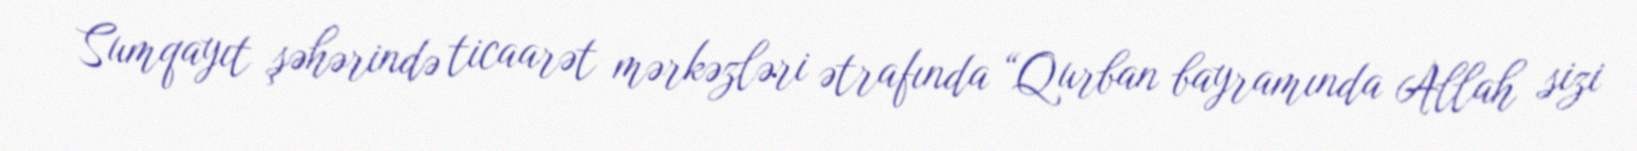
Sumqayıt şəhərində ticaarət mərkəzləri ətrafında “Qurban bayramında Allah sizi